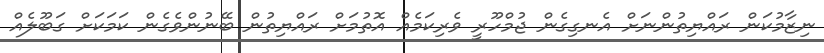
ނިޒާމުކަން ރައްޔިތުންނަށް އެނގިގެން ޖުމްހޫރީ ވެރިކަމެއް އޮތުމަށް ރައްޔިތުން ބޭނުންވެގެން ކަމަކަށް ގަބޫލެއް